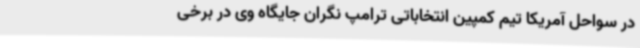
در سواحل آمریکا تیم کمپین انتخاباتی ترامپ نگران جایگاه وی در برخی